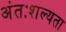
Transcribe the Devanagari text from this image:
अंतःशल्यता